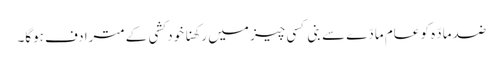
ضد مادّہ کو عام مادّے سے بنی کسی چیز میں رکھنا خود کشی کے مترادف ہوگا۔